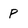
Character: p